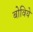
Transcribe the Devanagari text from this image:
बोविये